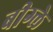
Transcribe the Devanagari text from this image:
बीग्ले